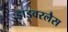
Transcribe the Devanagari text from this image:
ड्राइवरलैस